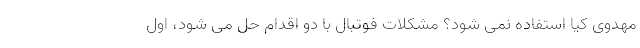
مهدوی کیا استفاده نمی شود؟ مشکلات فوتبال با دو اقدام حل می شود، اول